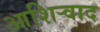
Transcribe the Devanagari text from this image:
आशिर्‍वाद